Vaccination North-Western Provinces 1866-1877 - 1866-1877
Year: 1866
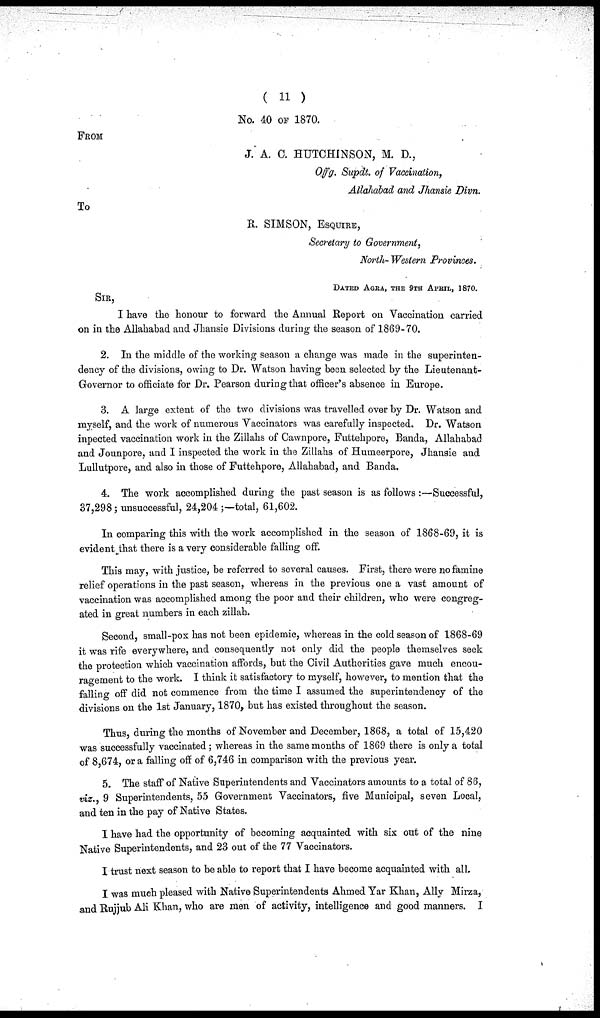
( 11 )
No. 40 OF 1870.
FROM
J. A. C. HUTCHINSON, M. D.,
Offg. Supdt. of Vaccination,
Allalwbad and Jhansie Divn.
To
R. SIMSON, ESQUIRE,
Secretary to Government,
North- Western Provinces.
DATED AGRA, THE 9TH APRIL, 1870.
SIR,
I have the honour to forward the Annual Report on Vaccination carried
on in the Allahabad and Jhansie Divisions during the season of 1869-70.
2. In the middle of the working season a change was made in the superinten¬
dency of the divisions, owing to Dr. Watson having been selected by the Lieutenant-
Governor to officiate for Dr. Pearson during that officer's absence in Europe.
3. A large extent of the two divisions was travelled over by Dr. Watson and
myself, and the work of numerous Vaccinators was carefully inspected. Dr. Watson
inpected vaccination work in the Zillahs of Cawnpore, Futtehpore, Banda, Allahabad
and Jounpore, and I inspected the work in the Zillahs of Humeerpore, Jhansie and
Lullutpore, and also in those of Futtehpore, Allahabad, and Banda.
4. The work accomplished during the past season is as follows :—Successful,
37,298; unsuccessful, 24,204 ;—total, 61,602.
In comparing this with the work accomplished in the season of 1868-69, it is
evident that there is a very considerable falling off.
This may, with justice, be referred to several causes. First, there were no famine
relief operations in the past season, whereas in the previous one a vast amount of
vaccination was accomplished among the poor and their children, who were congreg-
ated in great numbers in each zillah.
Second, small-pox has not been epidemic, whereas in the cold season of 1868-69
it was rife everywhere, and consequently not only did the people themselves seek
the protection which vaccination affords, but the Civil Authorities gave much encou-
ragement to the work. I think it satisfactory to myself, however, to mention that the
falling off did not commence from the time I assumed the superintendency of the
divisions on the 1st January, 1870, but has existed throughout the season.
Thus, during the months of November and December, 1868, a total of 15,420
was successfully vaccinated; whereas in the same months of 1869 there is only a total
of 8,674, or a falling off of 6,746 in comparison with the previous year.
5. The staff of Native Superintendents and Vaccinators amounts to a total of 86,
viz., 9 Superintendents, 55 Government Vaccinators, five Municipal, seven Local,
and ten in the pay of Native States.
I have had the opportunity of becoming acquainted with six out of the nine
Native Superintendents, and 23 out of the 77 Vaccinators.
I trust next season to be able to report that I have become acquainted with all.
I was much pleased with Native Superintendents Ahmed Yar Khan, Ally Mirza,
and Rujjub Ali Khan, who are men of activity, intelligence and good manners. I